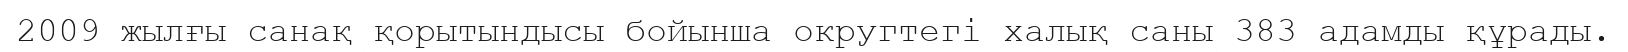
2009 жылғы санақ қорытындысы бойынша округтегі халық саны 383 адамды құрады.